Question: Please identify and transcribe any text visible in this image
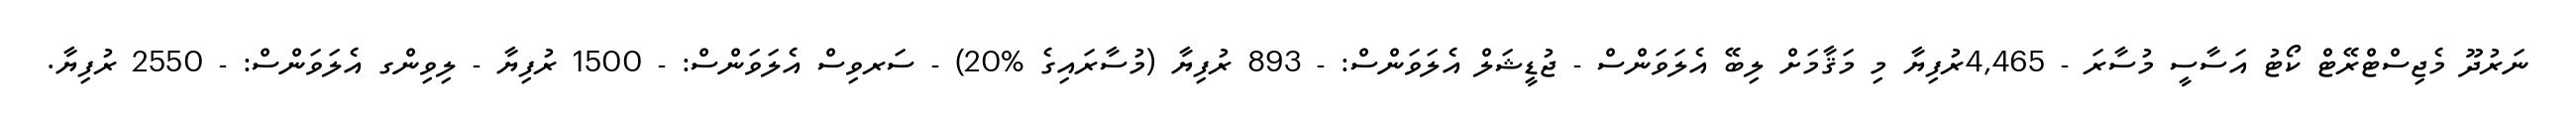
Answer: ނަރުދޫ މެޖިސްޓްރޭޓް ކޯޓު އަސާސީ މުސާރަ - 4,465ރުފިޔާ މި މަޤާމަށް ލިބޭ އެލަވަންސް - ޖުޑީޝަލް އެލަވަންސް: - 893 ރުފިޔާ (މުސާރައިގެ %20) - ސަރވިސް އެލަވަންސް: - 1500 ރުފިޔާ - ލިވިންގ އެލަވަންސް: - 2550 ރުފިޔާ.